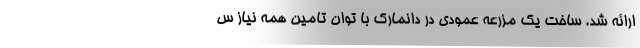
ارائه شد. ساخت یک مزرعه عمودی در دانمارک با توان تامین همه نیاز س